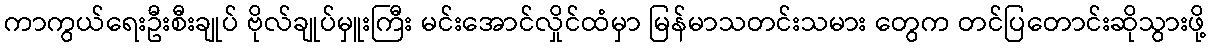
ကာကွယ်ရေးဦးစီးချုပ် ဗိုလ်ချုပ်မှူးကြီး မင်းအောင်လှိုင်ထံမှာ မြန်မာသတင်းသမား တွေက တင်ပြတောင်းဆိုသွားဖို့